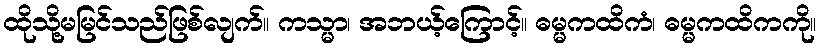
ထိုသို့မမြင်သည်ဖြစ်လျက်။ ကသ္မာ၊ အဘယ့်ကြောင့်။ ဓမ္မကထိကံ၊ ဓမ္မကထိကကို။